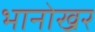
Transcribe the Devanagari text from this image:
भानोखर